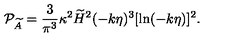
{ \cal P } _ { \widetilde { A } } = { \frac { 3 } { \pi ^ { 3 } } } \kappa ^ { 2 } \widetilde { H } ^ { 2 } ( - k \eta ) ^ { 3 } [ \ln ( - k \eta ) ] ^ { 2 } .